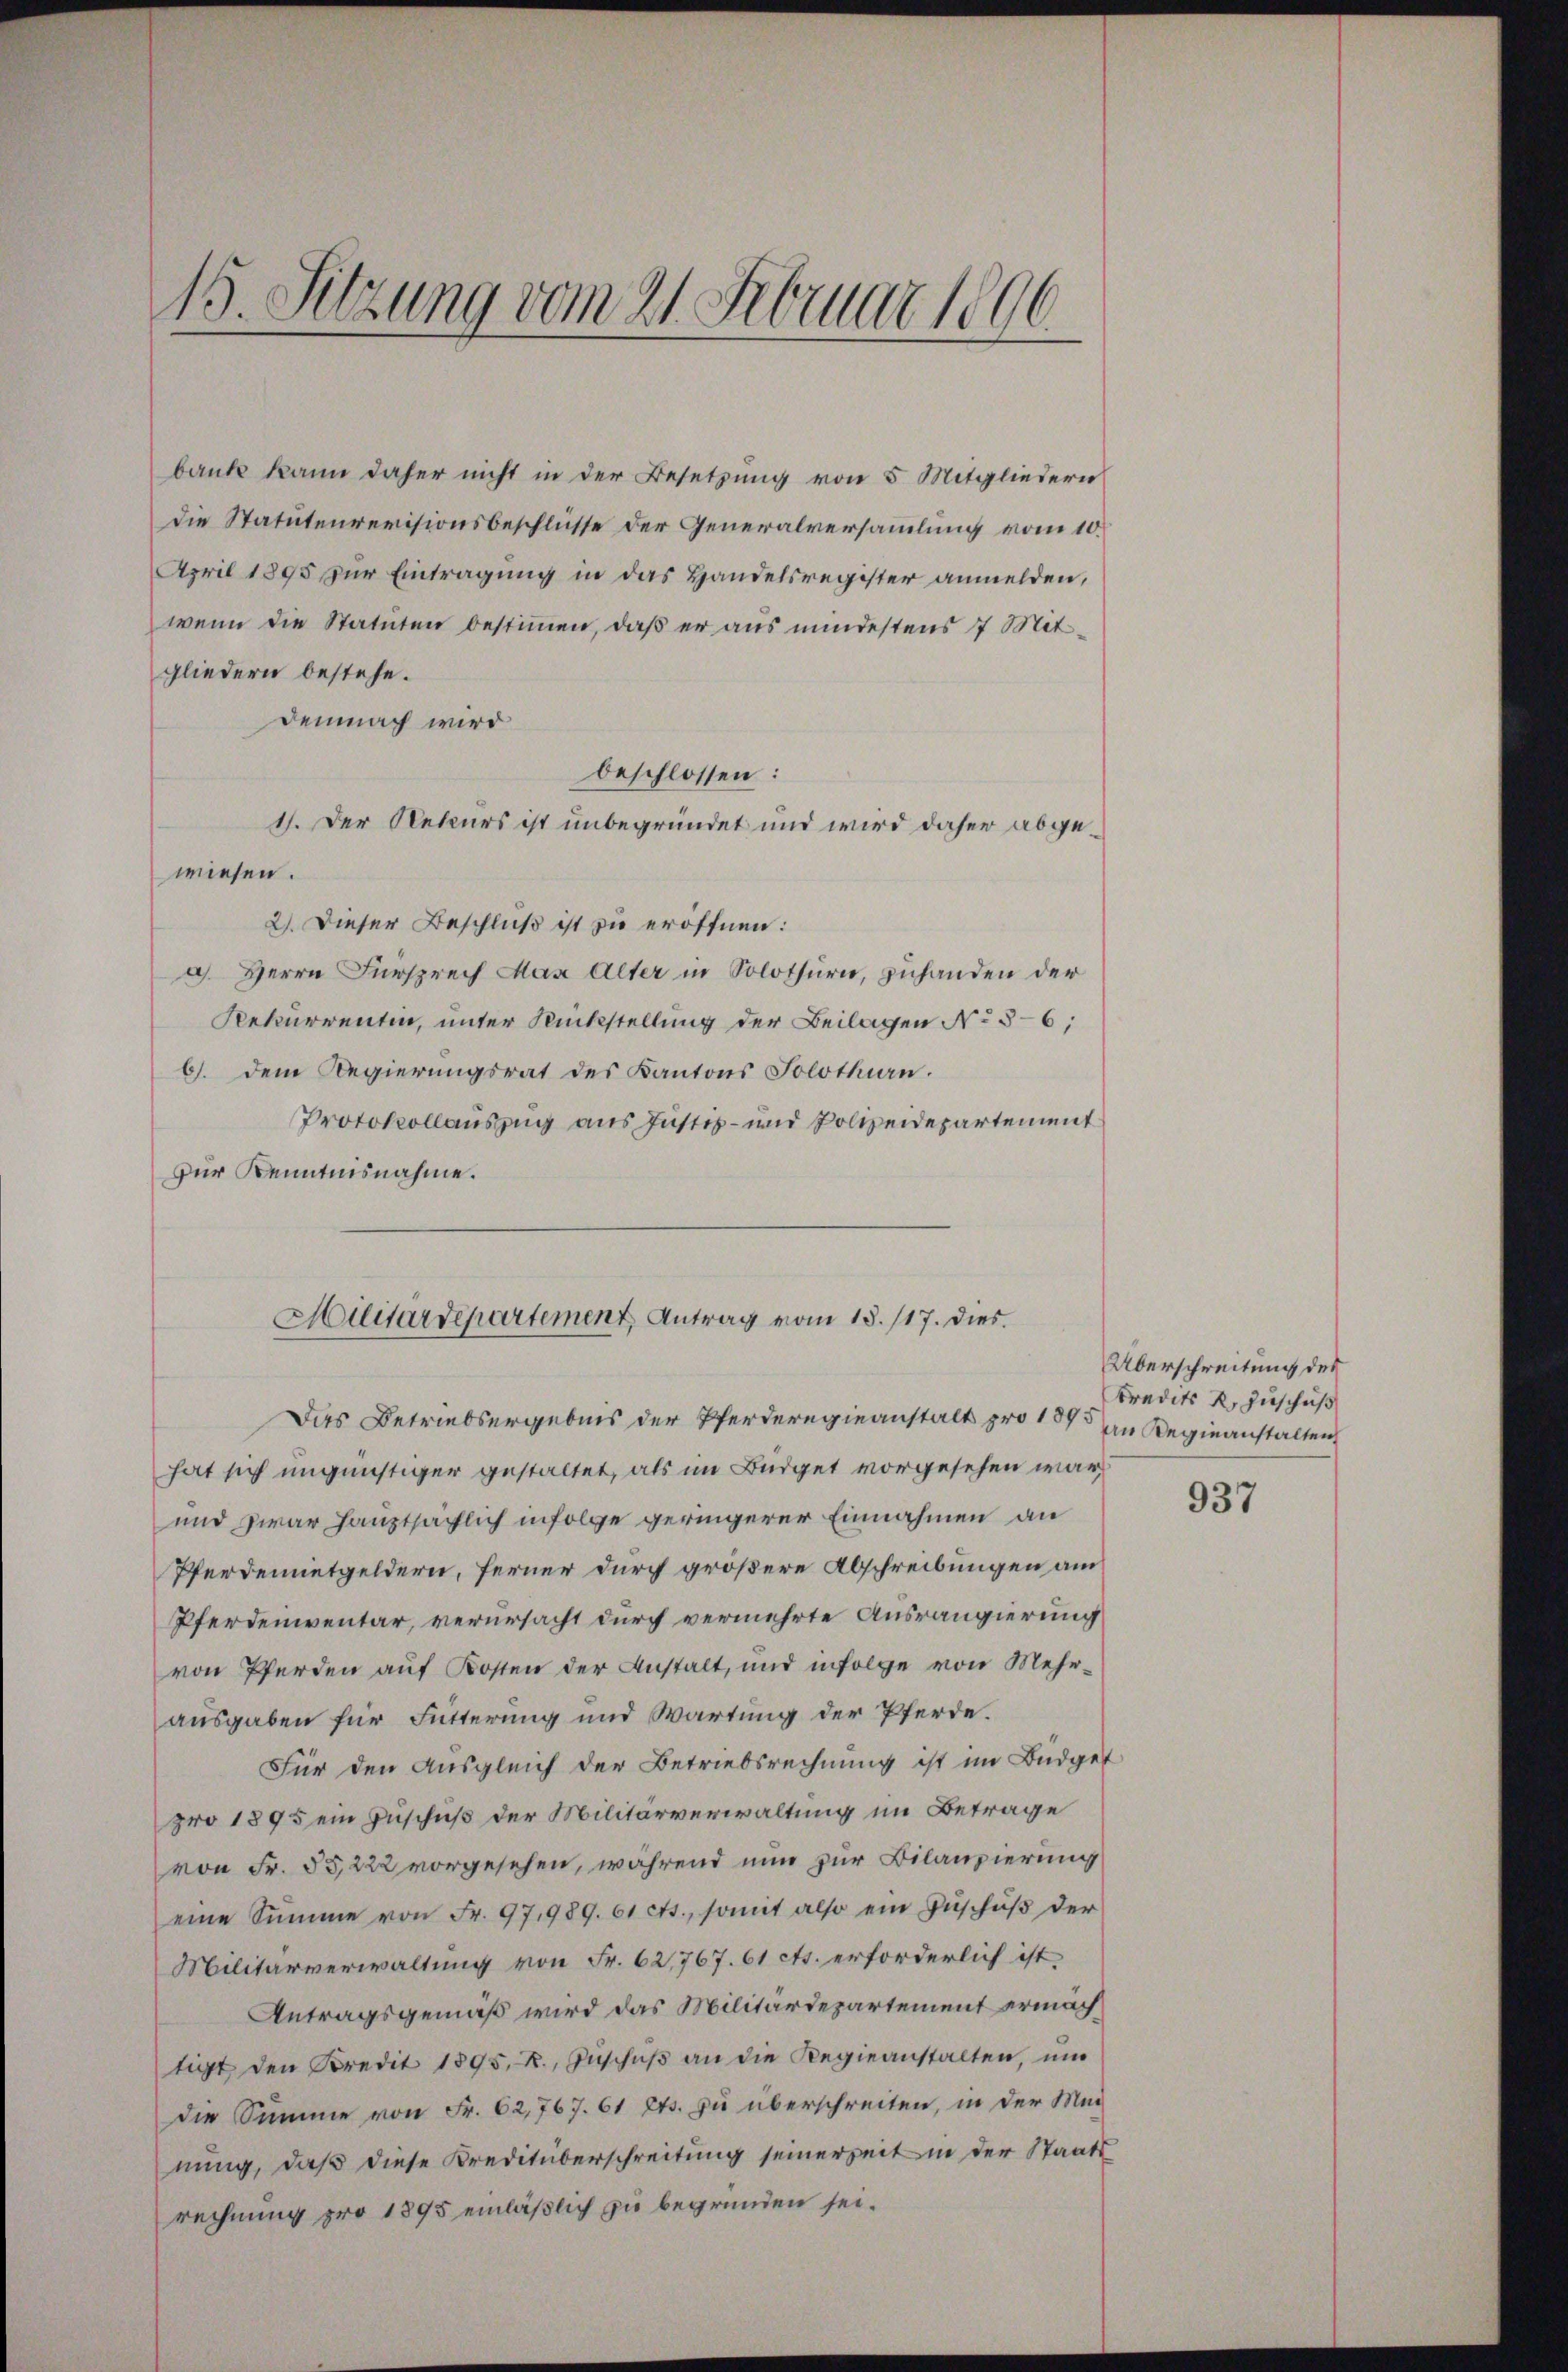
15. Sitzung vom 21. Februar 1896

bank kann daher nicht in der Besetzung von 5 Mitgliedern
die Statutenrevisionsbeschlüsse der Generalversammlung vom 10.
April 1895 zur Eintragung in das Handelsregister anmelden,
wenn die Statuten bestimmen, daß er aus mindestens 7 Mit
gliedern bestehe.
demnach wird
beschlossen:
1). Der Rekurs ist unbegründet und wird daher abgewiesen.
2). Dieser Beschluß ist zu eröffnen:
a. Herrn Fürsprech Max Alter in Solothurn, zuhanden der
Rekurrentin, unter Rückstellung der Beilagen No 5-6;
6). Dem Regierungsrat des Kantons Solothurn.
Protokollauszug aus Justiz- und Polizeidepartement
zur Kenntnisnahme.

Hilitärdepartement Antrag vom 18. 117. dies

Das Betriebsergebnis der Pferderegieanstalt pro 1873 an Regieanstalten,
hat sich ungünstiger gestaltet, als im Büdget vorgesehen war,
und zwar hauptsächlich infolge geringerer Einnahmen an
Pferdemietgeldern, ferner durch größere Abschreibungen am
Pferdenventar, verursacht durch vermehrte Ausrangierung
von Pferden auf Kosten der Anstalt, und infolge von Mehrausgaben für Fütterung und Wartung der Pferde.
Für den Ausgleich der Betriebsrechnung ist im Budget
pro 1895 ein Zuschuß der Militärverwaltung im Betrage
von Fr. 55, 222 vorgesehen, während nun zur Bilanzierung
eine Summe von Fr. 97, 989. 61 cts., somit also ein Zŭschŭβ der
Militärverwaltung von Fr. 62,767. 61 cts. erforderlich ist.
Antragsgemäß wird das Militärdepartement ermächtigt den Kredit 1895, X., Zuschuß an die Regieanstalten, und
die Summe von Fr. 62,767. 61 Cts. zu überschreiten, in der Mei
nung, daß diese Kreditüberschreitung seinerzeit in der Staats
rechnung pro 1895 einläßlich zu begründen sei.

Überschreitung des
kredits 2, Zuschuß

937